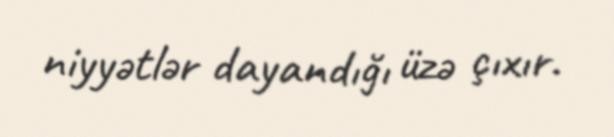
niyyətlər dayandığı üzə çıxır.